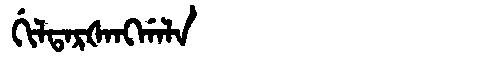
Manchu: ᡤᡳᠯᡨᠠᡵᡧᠠᠩᡤᠠᠯᠠ
Romanization: GILTARŠANGGALA